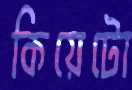
কিয়েটো